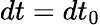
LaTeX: dt=dt_{0}